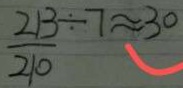
\frac { 2 1 3 } { 2 1 0 } \div 7 \approx 3 0